Vaccination in the Punjab 1897-1904 - 1897-1904
Year: 1897
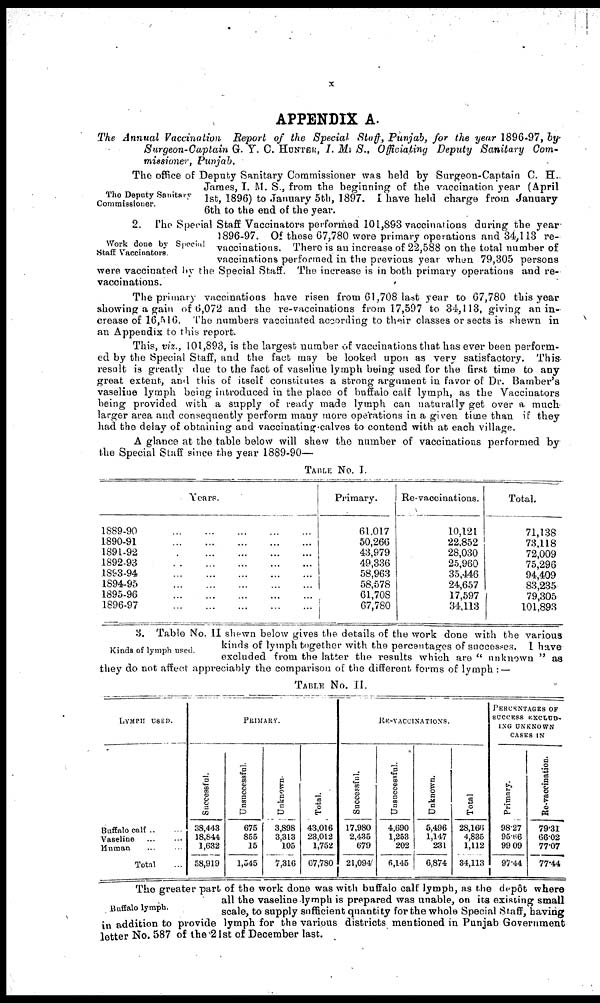
X
APPENDIX A.
The Annual Vaccination Report of the Special Staff, Punjab, for the year 1896-97, by
Surgeon-Captain G. Y. C. HUNTER, I. M. S., Officiating Deputy Sanitary Com-
missioner, Punjab.
The Deputy Sanitary
Commissioner.
The office of Deputy Sanitary Commissioner was held by Surgeon-Captain C. H..
James, I. M. S., from the beginning of the vaccination year (April
1st, 1896) to January 5th, 1897. I have held charge from January
6th to the end of the year.
Work done by Special
Staff Vaccinators.
2. The Special Staff Vaccinators performed 101,893 vaccinations during the year
1896-97. Of these 67,780 were primary operations and 34,113 re-
vaccinations. There is an increase of 22,588 on the total number of
vaccinations performed in the previous year when 79,305 persons
were vaccinated by the Special Staff. The increase is in both primary operations and re-
vaccinations.
The primary vaccinations have risen from 61,708 last year to 67,780 this year
showing a gain of 6,072 and the re-vaccinations from 17,597 to 34,113, giving an in-
crease of 16,516. The numbers vaccinated according to their classes or sects is shewn in
an Appendix to this report.
This, viz., 101,893, is the largest number of vaccinations that has ever been perform-
ed by the Special Staff, and the fact may be looked upon as very satisfactory. This
result is greatly due to the fact of vaseline lymph being used for the first time to any
great extent, and this of itself constitutes a strong argument in favor of Dr. Bamber's
vaseline lymph being introduced in the place of buffalo calf lymph, as the Vaccinators
being provided with a supply of ready made lymph can naturally get over a much
larger area and consequently perform many more operations in a given time than if they
had the delay of obtaining and vaccinating.calves to contend with at each village.
A glance at the table below will shew the number of vaccinations performed by
the Special Staff since the year 1889-90—
TABLE No. I.
Years.
1889-90
...
...
...
...
...
1890-91
...
...
...
...
...
1891-92
...
...
...
...
...
1892-93
...
...
...
...
...
1893-94
...
...
...
...
...
1894-95
...
...
...
...
...
1895-96
...
...
...
...
...
1896-97
...
...
...
...
...
Primary.
61,017
50,266
43,979
49,336
58,963
58,578
61,708
67,780
Re-vaccinations.
10,121
22,852
28,030
25,960
35,446
24,657
17,597
34,113
Total.
71,138
73,118
72,009
75,296
94,409
83,235
79,305
101,893
Kinds of lymph used.
3. Table No. II shewn below gives the details of the work done with the various
kinds of lymph together with the percentages of successes. I have
excluded from the latter the results which are " unknown " as
they do not affect appreciably the comparison of the different forms of lymph: —
TABLE No. II.
LYMPH USED.
Buffalo calf ... ...
Vaseline ... ...
Human ... ...
Total ... ...
PRIMARY.
Successful.
38,443
18,844
1,632
58,919
Unsuccessful.
675
855
15
1,545
Unknown.
3,898
3,313
105
7,316
Total.
43,016
23,012
1,752
67,780
RE-VACCINATIONS.
Successful.
17,980
2,435
679
21,094
Unsuccessful.
4,690
1,253
202
6,145
Unknown.
5,496
1,147
231
6,874
Total
28,166
4,835
1,112
34,113
PERCENTAGES OF
SUCCESS EXCLUD¬
ING UNKNOWN
CASES IN
Primary.
98.27
95.66
99.09
97.44
Re-vaccination.
79.31
66.02
77.07
77.44
Buffalo lymph.
The greater part of the work done was with buffalo calf lymph, as the depôt where
all the vaseline lymph is prepared was unable, on its existing small
scale, to supply sufficient quantity for the whole Special Staff, having
in addition to provide lymph for the various districts mentioned in Punjab Government
letter No. 587 of the 21st of December last.